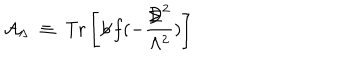
{ \mathcal A } _ { \Lambda } \; \equiv \; \mathrm { T r } \left[ \not \! b \, f ( - \frac { { \not \! \! D } ^ { 2 } } { \Lambda ^ { 2 } } ) \right]